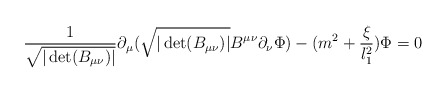
\begin{align*} \frac{1}{\sqrt{|\det (B_{\mu\nu})|}}\partial_\mu(\sqrt{|\det (B_{\mu\nu})|}B^{\mu\nu}\partial_\nu\Phi)-(m^2+\frac{\xi}{l_1^2})\Phi=0\end{align*}